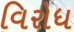
વિરોધ